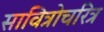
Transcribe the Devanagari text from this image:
सावित्रोचरित्र